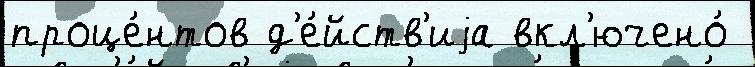
проце́нтов д'е́йств'иjа вкл'ючено́